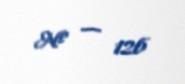
№ — 126